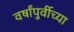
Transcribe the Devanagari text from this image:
वर्षांपुर्वीच्या